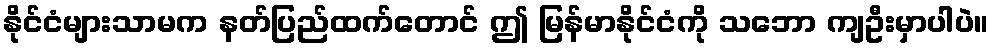
နိုင်ငံများသာမက နတ်ပြည်ထက်တောင် ဤ မြန်မာနိုင်ငံကို သဘော ကျဦးမှာပါပဲ။